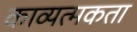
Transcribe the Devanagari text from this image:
काव्यत्मकता